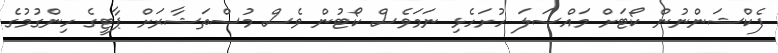
ފެކްޝަންނުން ކޯޓަށް މައްސަލަ ހުށަހެޅި ނަމަވެސް ކޯޓުން ވެސް މުސްތަޝާރަށް ޕާޓީގެ ހިންގުމުގެ